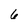
Character: 6